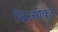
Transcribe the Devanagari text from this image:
शिरसीकर